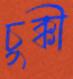
চুক্কী